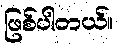
ဖြစ်ပါတယ်။